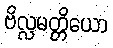
ဗိလ္လမတ္တိယော